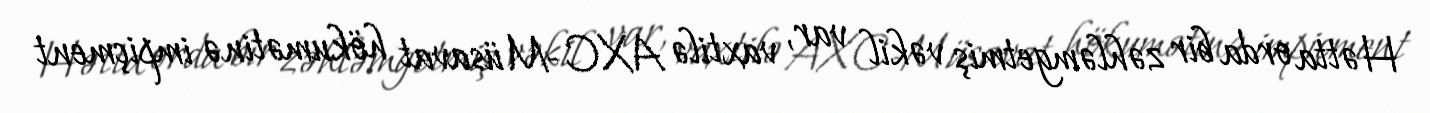
Hətta orda bir zəhləmgetmiş vəkil var, vaxtilə AXC-Müsavat hökumətinə impiçment